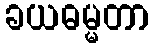
ခယဓမ္မတာ